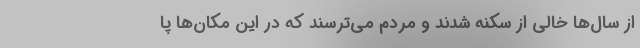
از سال‌ها خالی از سکنه شدند و مردم می‌ترسند که در این مکان‌ها پا